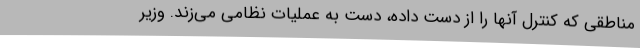
مناطقی که کنترل آنها را از دست داده، دست به عملیات نظامی می‌زند. وزیر